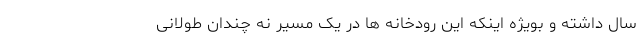
سال داشته و بویژه اینکه این رودخانه ها در یک مسیر نه چندان طولانی